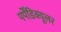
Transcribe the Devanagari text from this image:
पर्पेंडिक्यूलर